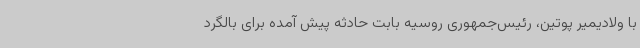
با ولادیمیر پوتین، رئیس‌جمهوری روسیه بابت حادثه پیش آمده برای بالگرد